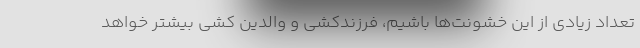
تعداد زیادی از این خشونت‌ها باشیم، فرزندکشی و والدین کشی بیشتر خواهد